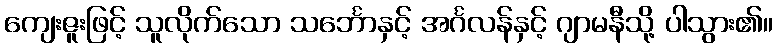
ကျေးဇူးဖြင့် သူလိုက်သော သင်္ဘောနှင့် အင်္ဂလန်နှင့် ဂျာမနီသို့ ပါသွား၏။